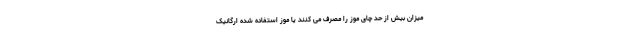
میزان بیش از حد چای موز را مصرف می کنند یا موز استفاده شده ارگانیک